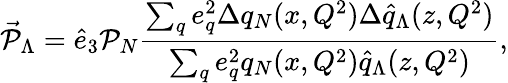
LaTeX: \vec{\mathcal{P}}_{\Lambda}=\hat{e}_{3}\mathcal{P}_{N}\frac{\sum_{q}e_{q}^{2}\Delta q_{N}(x,Q^{2})\Delta\hat{q}_{\Lambda}(z,Q^{2})}{\sum_{q}e_{q}^{2}q_{N}(x,Q^{2})\hat{q}_{\Lambda}(z,Q^{2})},